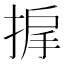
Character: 𫽓